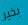
بخير